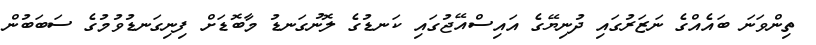
ތިންވަނަ ބައެއްގެ ނަޒަރުގައި ދުނިޔޭގެ އައިސްއޭޖުގައި ކަނޑުގެ ލޮނުގަނޑު މާބޮޑަށް ފިނިގަނޑުވުމުގެ ސަބަބުން